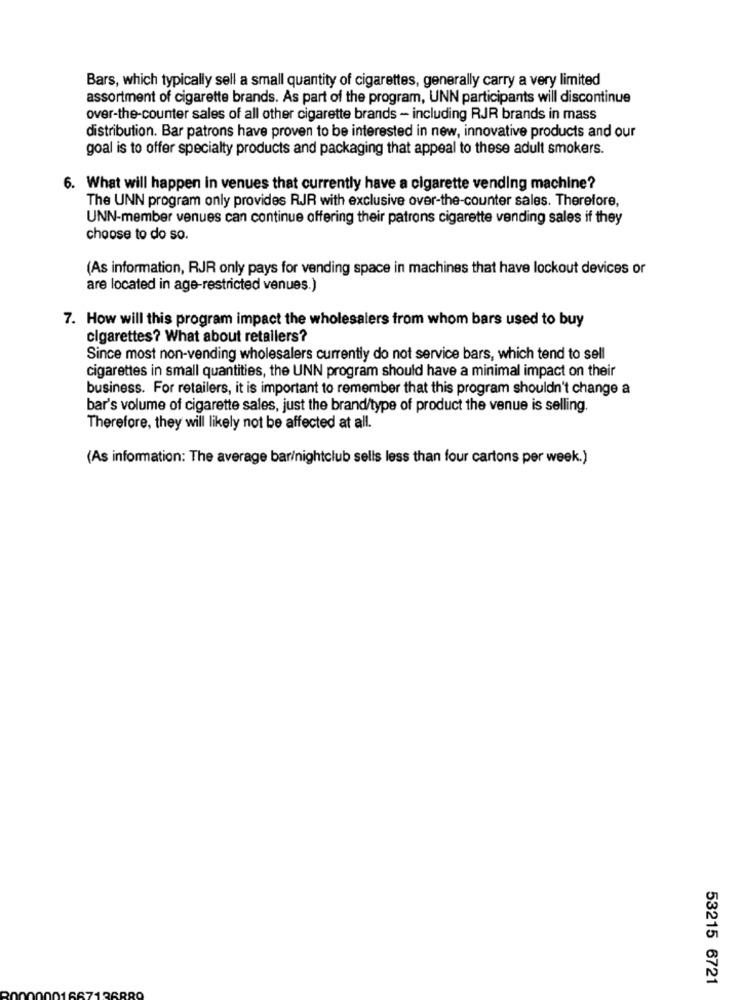
Bars, which typically sell a small quantity of cigarettes, generally carry a very limited
assortment of cigarette brands. As part of the program, UNN participants will discontinue
over-the-counter sales of all other cigarette brands - including RJR brands in mass
distribution. Bar patrons have proven to be interested in new, innovative products and our
goal is to offer specialty products and packaging that appeal to these adult smokers.
6. What will happen in venues that currently have a cigarette vending machine?
The UNN program only provides RJR with exclusive over-the-counter sales. Therefore,
UNN-member venues can continue offering their patrons cigarette vending sales if they
choose to do so.
(As information, RJR only pays for vending space in machines that have lockout devices or
are located in age-restricted venues.)
7. How will this program impact the wholesalers from whom bars used to buy
cigarettes? What about retailers?
Since most non-vending wholesalers currently do not service bars, which tend to sell
cigarettes in small quantities, the UNN program should have a minimal impact on their
business. For retailers, it is important to remember that this program shouldn't change a
bar's volume of cigarette sales, just the brand/type of product the venue is selling.
Therefore, they will likely not be affected at all.
(As information: The average bar/nightclub sells less than four cartons per week.)
53215 6721